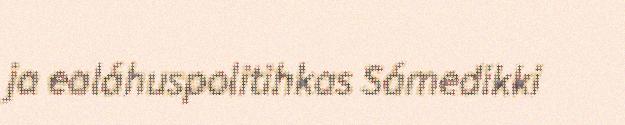
ja ealáhuspolitihkas Sámedikki